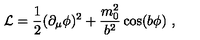
{ \cal L } = { \frac { 1 } { 2 } } ( \partial _ { \mu } \phi ) ^ { 2 } + { \frac { m _ { 0 } ^ { 2 } } { b ^ { 2 } } } \cos ( b \phi ) \ ,